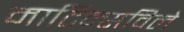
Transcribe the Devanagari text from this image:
मार्टिन्सविले